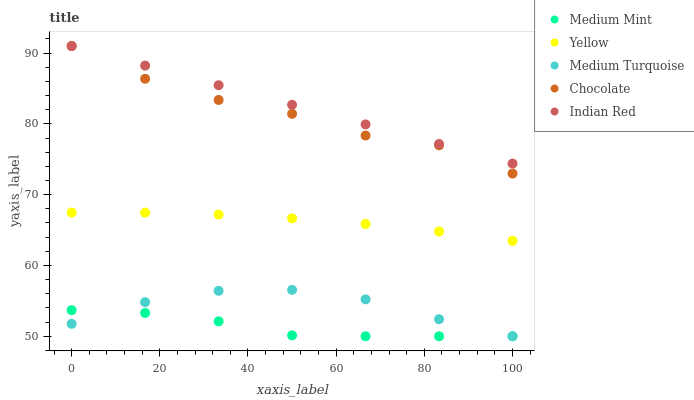
| xaxis_label | Medium Mint | Yellow | Medium Turquoise | Chocolate | Indian Red |
 | --- | --- | --- | --- | --- | --- |
 | 0 | 53.7 | 67.5 | 51.8 | 91 | 91 |
 | 16.7 | 53.3 | 67.5 | 54.8 | 86.4 | 88.2 |
 | 33.3 | 52.1 | 67.2 | 56.4 | 83.4 | 85.5 |
 | 50 | 50.1 | 66.7 | 56.6 | 81.4 | 82.7 |
 | 66.7 | 50 | 65.9 | 55.2 | 78.4 | 79.9 |
 | 83.3 | 50 | 64.8 | 52.4 | 77 | 77.2 |
 | 100 | 50 | 63.5 | 50 | 73 | 74.4 |